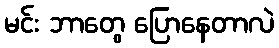
မင်း ဘာတွေ ပြောနေတာလဲ